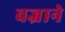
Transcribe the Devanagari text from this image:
वज्राने